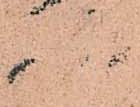
様